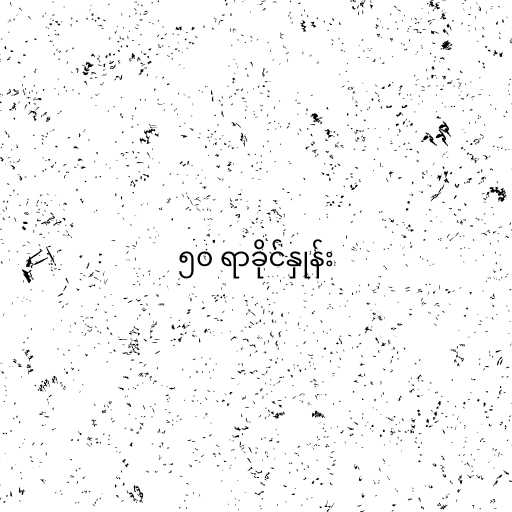
၅၀ ရာခိုင်နှုန်း